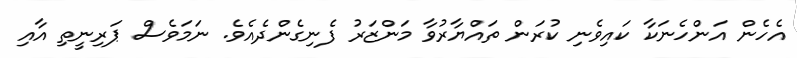
އެހެން އަންހެނަކާ ކައިވެނި ކުރަން ތައްޔާރުވާ މަންޒަރު ފެނިގެންދެއެވެ. ނަމަވެސް ޕަރިނީތި އާއި